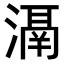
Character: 𣽐